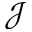
\mathcal { J }